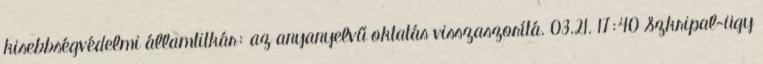
kisebbségvédelmi államtitkár: az anyanyelvű oktatás visszaszorítá. 03.21. 17:40 Szkripal-ügy